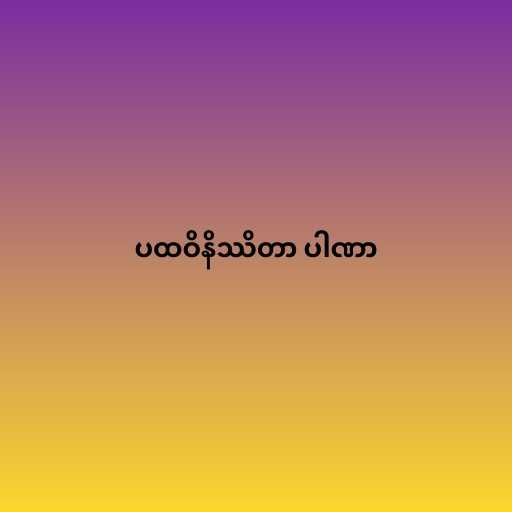
ပထဝိနိဿိတာ ပါဏာ